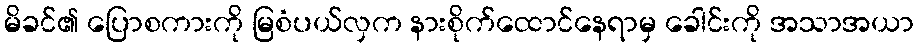
မိခင်၏ ပြောစကားကို မြစံပယ်လှက နားစိုက်ထောင်နေရာမှ ခေါင်းကို အသာအယာ